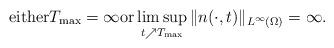
LaTeX: \begin{align*}\mbox{either}T_{\rm max}=\infty\mbox{or}\limsup_{t\nearrow T_{\rm max}}\|n(\cdot,t)\|_{L^{\infty}(\Omega)}=\infty.\end{align*}